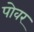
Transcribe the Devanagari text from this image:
पोवर